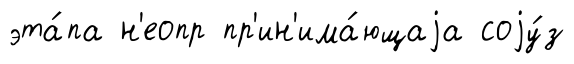
эта́па н'еопр пр'ин'има́ющаjа соjу́з